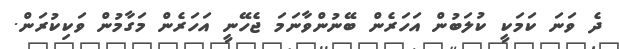
ދެ ވަނަ ކަމަކީ ކުލަބުން އަހަރެން ބޭނުންވާނަމަ ޖެހޭނީ އަހަރެން މަގާމުން ވަކިކުރަން.